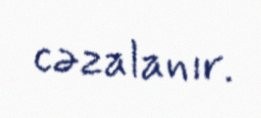
cəzalanır.